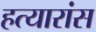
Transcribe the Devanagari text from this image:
हत्यारांस